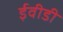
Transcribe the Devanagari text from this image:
ईवीडी